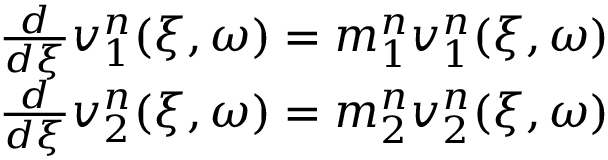
\begin{array} { r } { \frac { d } { d \xi } \boldsymbol { v } _ { 1 } ^ { n } ( \xi , \omega ) = \boldsymbol { m } _ { 1 } ^ { n } \boldsymbol { v } _ { 1 } ^ { n } ( \xi , \omega ) } \\ { \frac { d } { d \xi } \boldsymbol { v } _ { 2 } ^ { n } ( \xi , \omega ) = \boldsymbol { m } _ { 2 } ^ { n } \boldsymbol { v } _ { 2 } ^ { n } ( \xi , \omega ) } \end{array}